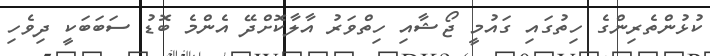
ކުޅުންތެރިންގެ ހިތުގައި ގައުމީ ޖޯޝާއި ހިތްވަރު އާލާކޮށްދޭ އެންމެ ބޮޑު ސަބަބަކީ ދިވެހި